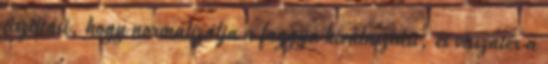
tisztítási, hogy normalizálja a faggyú kiválasztást, és visszatér a